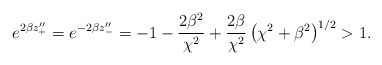
\begin{align*}e^{2\beta z''_{+}}=e^{-2\beta z''_{-}}= -1 - \frac{2\beta^2}{\chi^2} + \frac{2\beta}{\chi^2} \left(\chi^2+\beta^2\right)^{1/2} > 1.\end{align*}